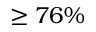
\geq 7 6 \%